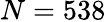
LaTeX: N=538